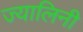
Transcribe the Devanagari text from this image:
ज्यालिनी